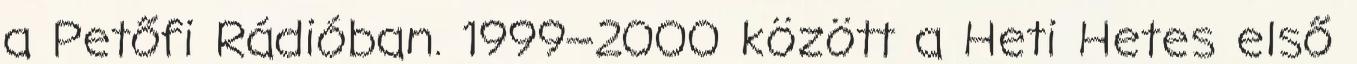
a Petőfi Rádióban. 1999–2000 között a Heti Hetes első